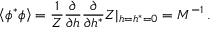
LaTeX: \left\langle \phi ^ { * } \phi \right\rangle = { \frac { 1 } { Z } } { \frac { \partial } { \partial h } } { \frac { \partial } { \partial h ^ { * } } } Z | _ { h = h ^ { * } = 0 } = M ^ { - 1 } \, .